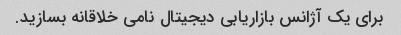
برای یک آژانس بازاریابی دیجیتال نامی خلاقانه بسازید.